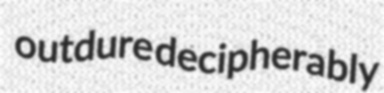
outdure decipherably